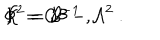
\Phi ^ { 2 } = { \cal B } ^ { - 1 } \ , \hspace { 0 . 8 c m } { \cal K } = { \cal C } { \cal B } - { \cal A } ^ { 2 } \ .